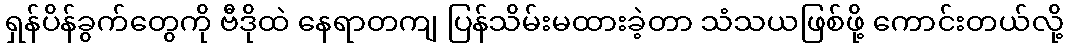
ရှန်ပိန်ခွက်တွေကို ဗီဒိုထဲ နေရာတကျ ပြန်သိမ်းမထားခဲ့တာ သံသယဖြစ်ဖို့ ကောင်းတယ်လို့